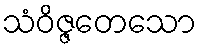
သံဝိဇ္ဇတေသော